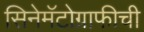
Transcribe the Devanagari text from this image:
सिनेमॅटोग्राफीची